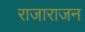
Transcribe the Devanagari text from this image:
राजाराजन